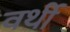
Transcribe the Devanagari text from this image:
वर्थी